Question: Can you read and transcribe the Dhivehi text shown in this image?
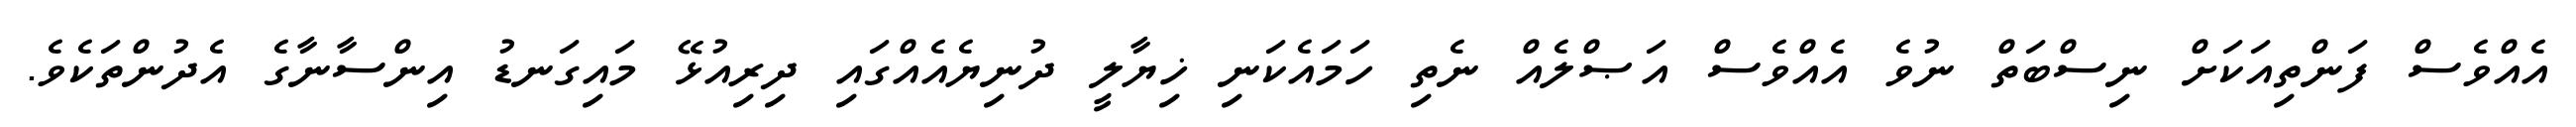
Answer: އެއްވެސް ފަންތިއަކަށް ނިސްބަތް ނުވެ އެއްވެސް އަޞްލެއް ނެތި ހަމައެކަނި ޚިޔާލީ ދުނިޔެއެއްގައި ދިރިއުޅޭ މައިގަނޑު އިންސާނާގެ އެދުންތަކެވެ.